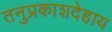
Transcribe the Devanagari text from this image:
तनुप्रकाशदेहाय